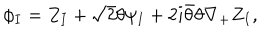
LaTeX: \phi _ { I } = Z _ { I } + { \sqrt 2 } \theta \psi _ { I } + 2 i \bar { \theta } \theta \nabla _ { + } Z _ { I } ,